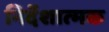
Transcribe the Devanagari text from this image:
निर्देशात्‍मक